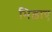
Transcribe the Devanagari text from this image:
भिड़ाए